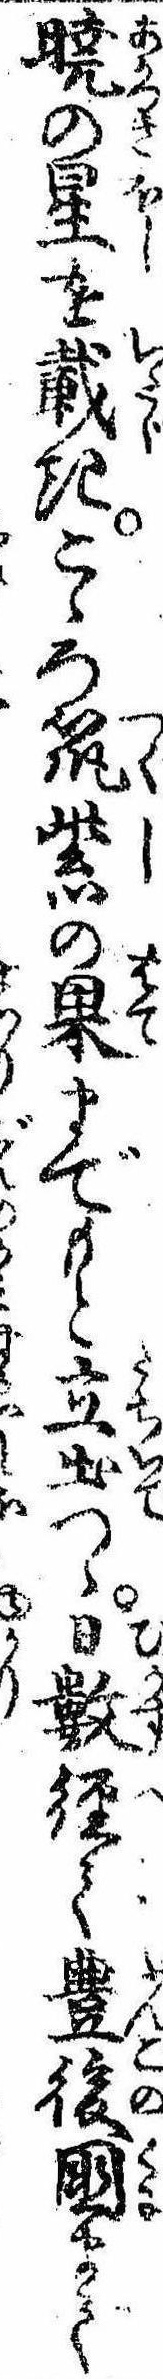
暁の星を戴きこゝろ筑紫の果までもと立出つゝ日数経て豊後国まで